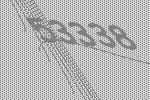
53338